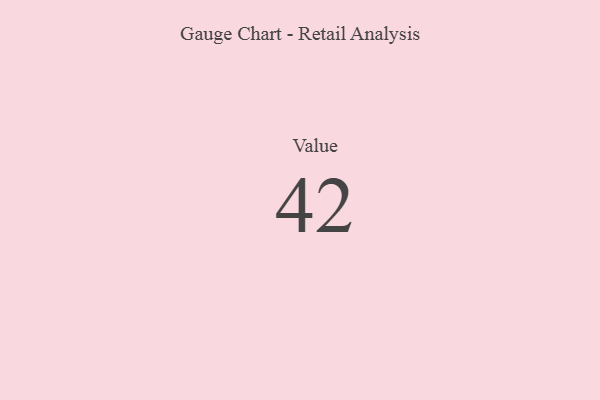
{"axis": {"x": "Metric", "y": "Value"}, "legend": [""], "data": [{"x": "Value", "y": 42, "type": ""}]}